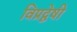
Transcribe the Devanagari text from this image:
विप्रद्वेषी